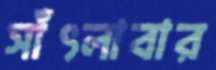
সাঁৎলাবার